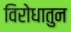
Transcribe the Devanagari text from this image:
विरोधातुन